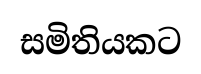
සමිතියකට